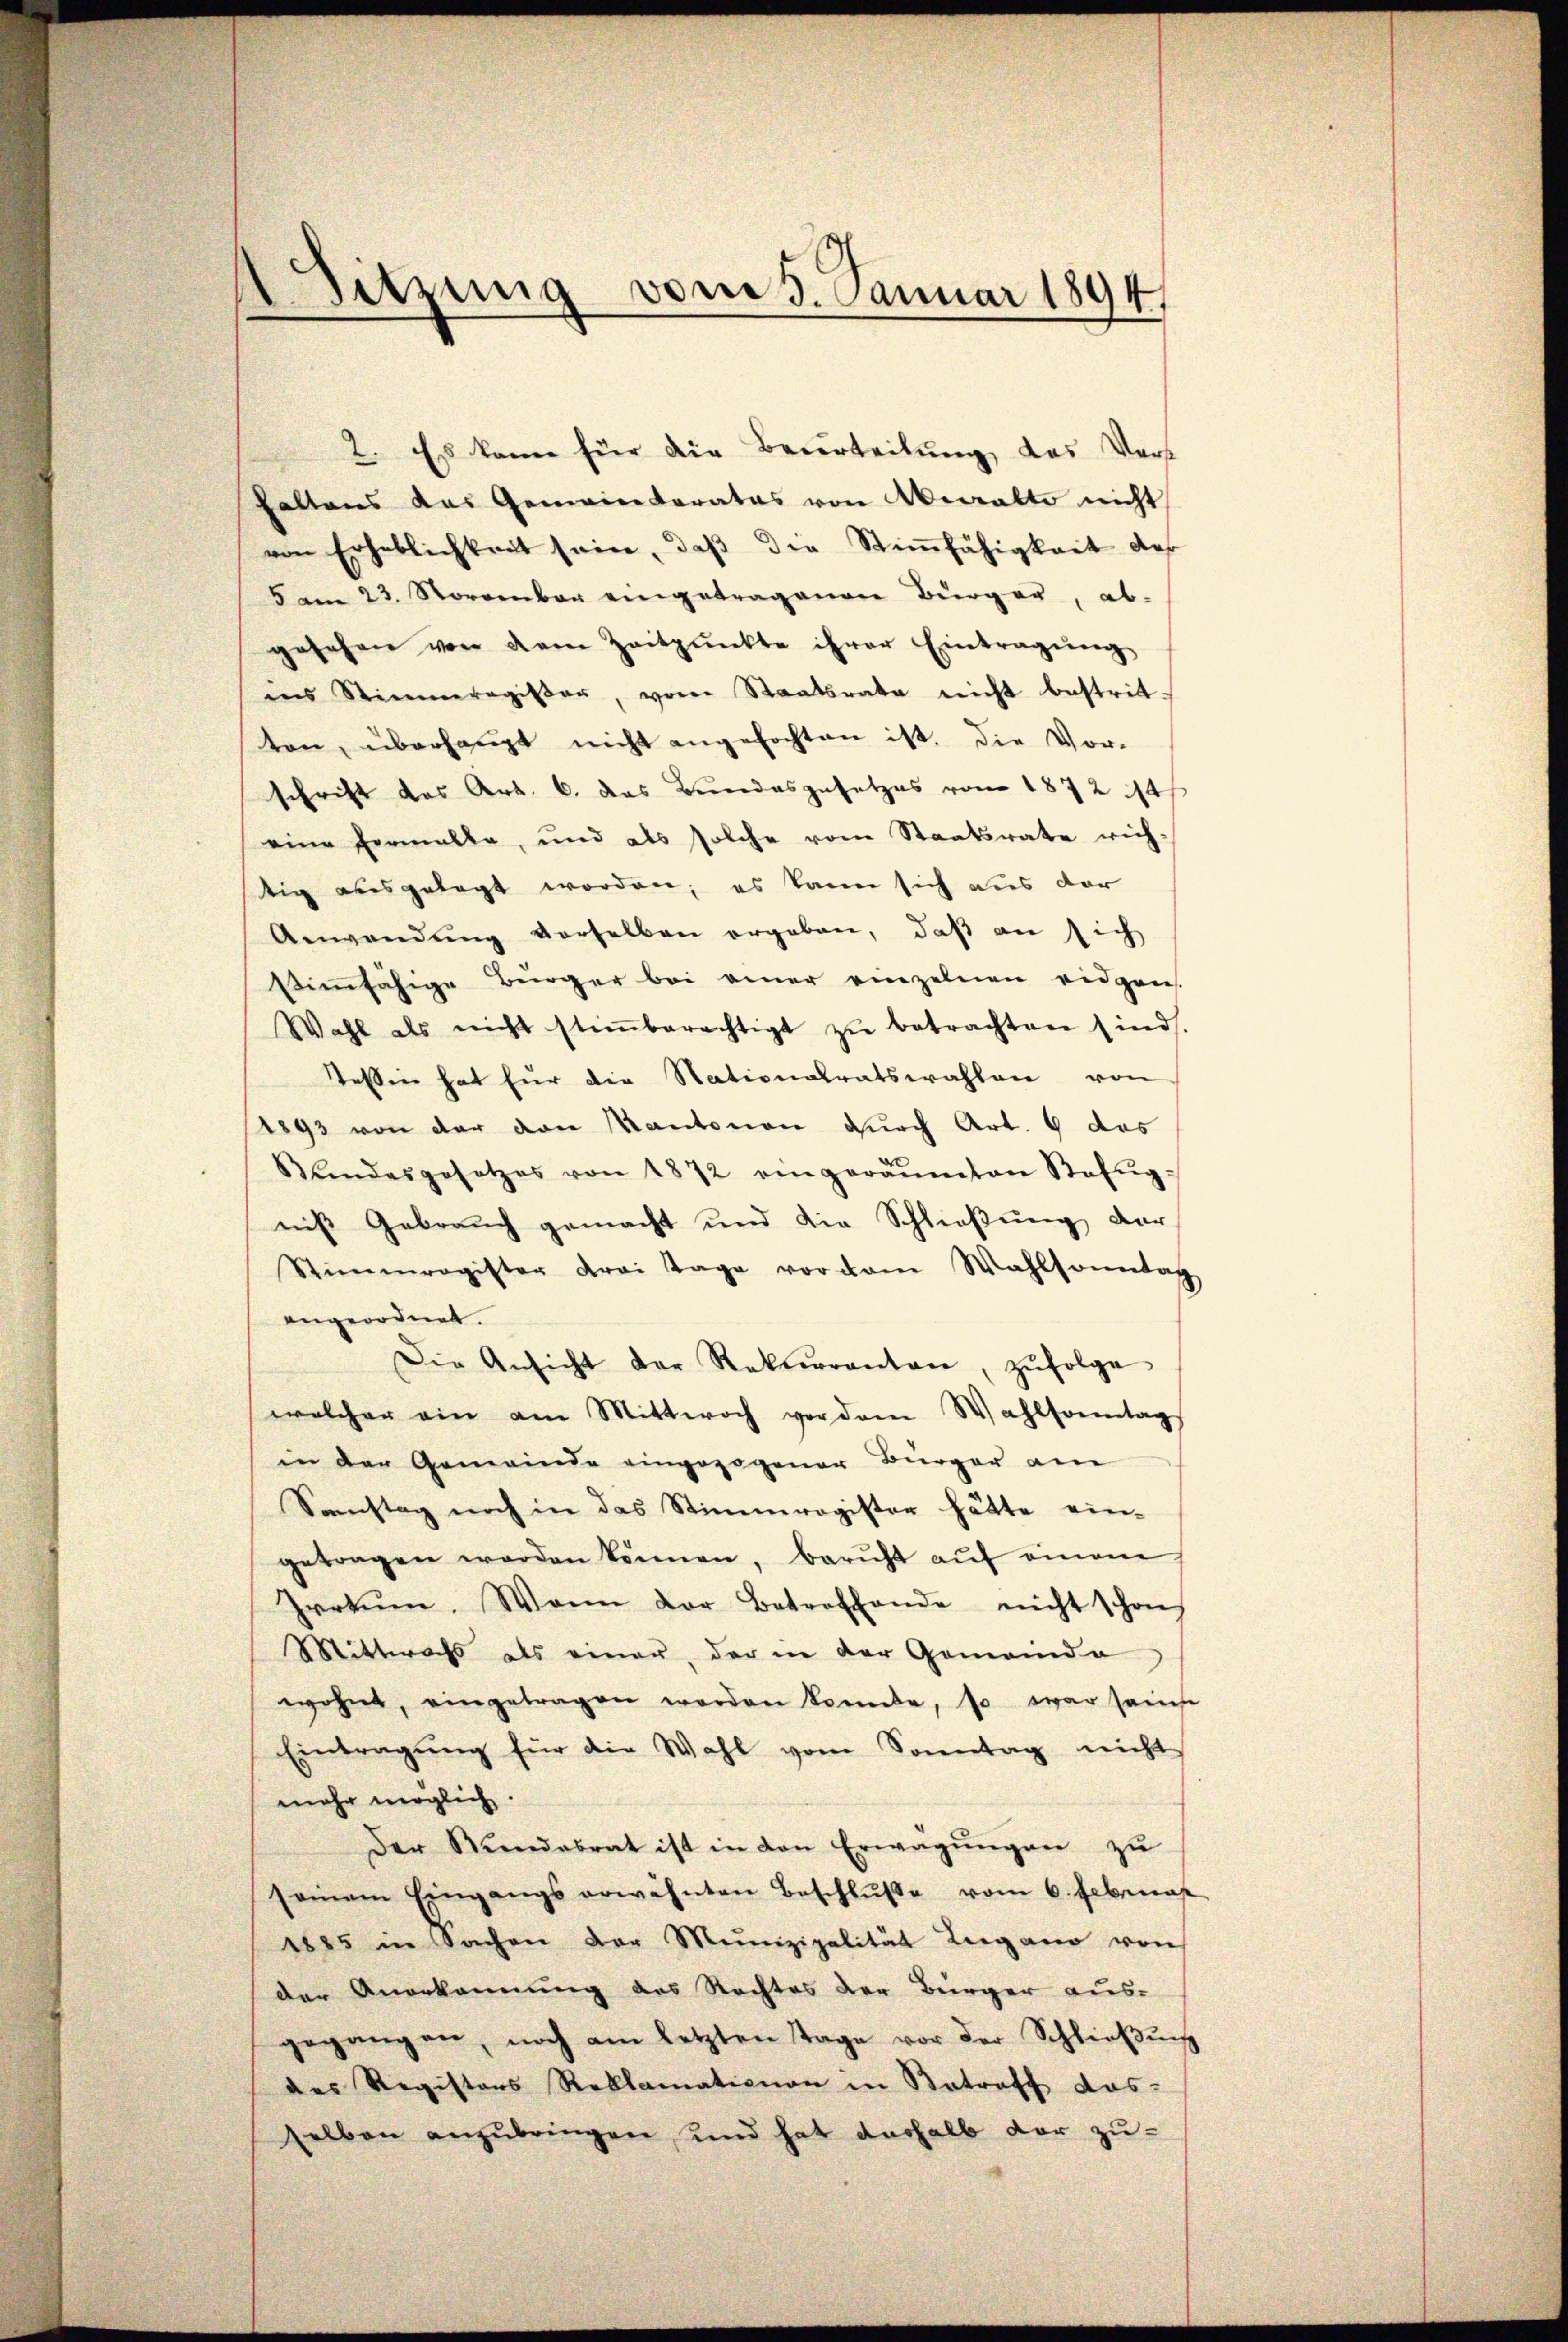
2. Es kann für die Beurteilung, das Vers
Faltens das Gemeinderates von Anwalte nicht
von Erheblichkeit sein, daβ die Stimmfähigkeit des
5 am 23. November eingetragenen Bürger, ab-
gesehen von dem Zeitpunkte ihrer Eintragŭng,
ins Stimmeragister, vom Staatsrate nicht bestritt.
ten, überhaupt nicht angefochten ist, die Vor-
schrift das Art. 6. das Bundesgesetzes vom 1872 14
eine Formalle, und als solche vom Staatsrate rich-
tig ausgelegt worden; es kann sich aus der
Anwendŭng verselben ergeben, daβ an sich
stimmfähige Bürger bei einer einzelnen eidgen
Wahl als nicht stiṁberechtigt zŭ betrachten sind.
Tessin hat für die Stationalratswahlen von
1893 von der von Kantonen durch Art. 6 das
Bŭndesgesetzes von 1872 eingeräumten Sefŭg-
niß Gebrauch gemacht und die Schließung der
Stimmregister drei Tage vor dem Wahlsonntag
angeordnet.
Die Ansicht der Rekurrenten, zŭfolge
welcher ein am Mittwoch vor dem Wahlsonntag
in der Gemeinde eingezogener Bürger am
Sonstag noch in das Stimmregister hätte ein-
getragen werden können, beruht auf einem
Irrtum. Wann der Betreffende nicht schon
Mittwochs als einer, der in der Gemeinde
wohnt, eingetragen worden konnte, so war sanse
Eintragŭng für die Wahl vom Sonntag nicht
mehr möglich.
Der Stŭndesrat ist in den Erwägŭngen zu
seinem Eingangs erwähnten Beschlŭβe vom 6. Februar
1885 in Sachen der Munizipalität Lugano von
der Anerkennung des Rechtes der Bürger aus-
gegangen, noch am letzten Tage vor der Schließung
des Registors Reklamationen in Betreff das-
selben anzubringen, und hat deshalb vor zu-

Sitzung vom 3. Januar 1894